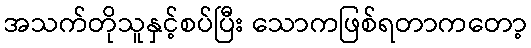
အသက်တိုသူနှင့်စပ်ပြီး သောကဖြစ်ရတာကတော့